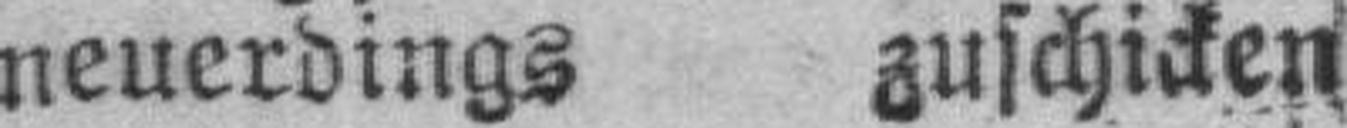
neuerdings zuschicken